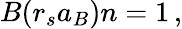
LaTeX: \begin{array}{r}{B(r_{s}a_{B})n=1\, ,}\end{array}